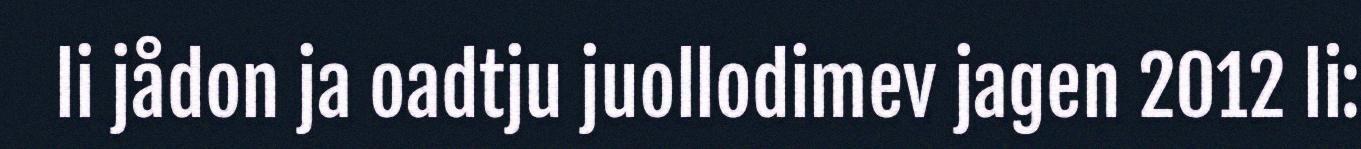
li jådon ja oadtju juollodimev jagen 2012 li: